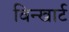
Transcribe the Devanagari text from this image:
विन्खार्ट